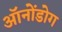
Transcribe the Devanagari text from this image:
ऑनोंडोग